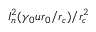
I _ { n } ^ { 2 } ( \gamma _ { 0 } u r _ { 0 } / r _ { c } ) / r _ { c } ^ { 2 }